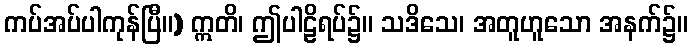
ကပ်အပ်ပါကုန်ပြီ။) ဣတိ၊ ဤပါဠိရပ်၌။ သဒိသေ၊ အတူဟူသော အနက်၌။